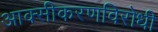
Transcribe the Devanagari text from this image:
आक्सीकरणविरोधी